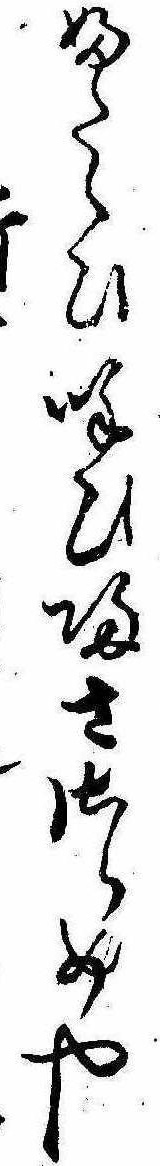
ふたゝひ呼ひ帰ささらめやレ